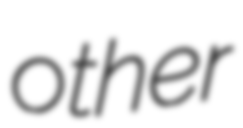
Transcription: other